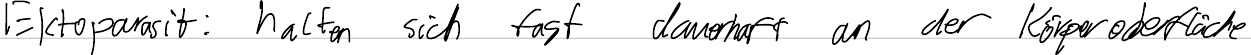
Ektoparasit: halten sich fast dauerhaft an der Körperoberfläche